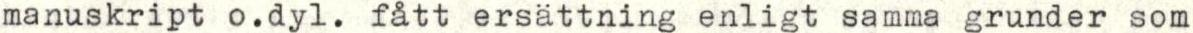
manuskript o.dyl. fått ersättning enligt samma grunder som